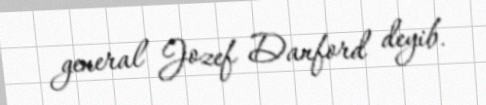
general Jozef Danford deyib.